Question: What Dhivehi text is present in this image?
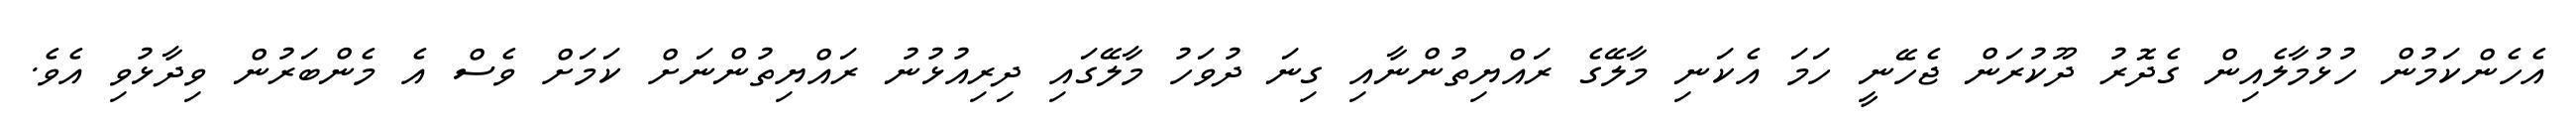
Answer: އެހެންކަމުން ހުޅުމާލެއިން ގެދޮރު ދޫކުރަން ޖެހޭނީ ހަމަ އެކަނި މާލޭގެ ރައްޔިތުންނާއި ގިނަ ދުވަހު މާލޭގައި ދިރިއުޅުނު ރައްޔިތުންނަށް ކަމަށް ވެސް އެ މެންބަރުން ވިދާޅުވި އެވެ.